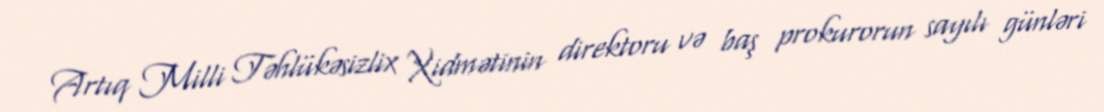
Artıq Milli Təhlükəsizlix Xidmətinin direktoru və baş prokurorun sayılı günləri